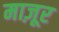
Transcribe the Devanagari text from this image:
माज़ूर